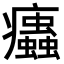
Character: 𤼖